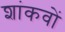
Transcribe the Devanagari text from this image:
शांकवों